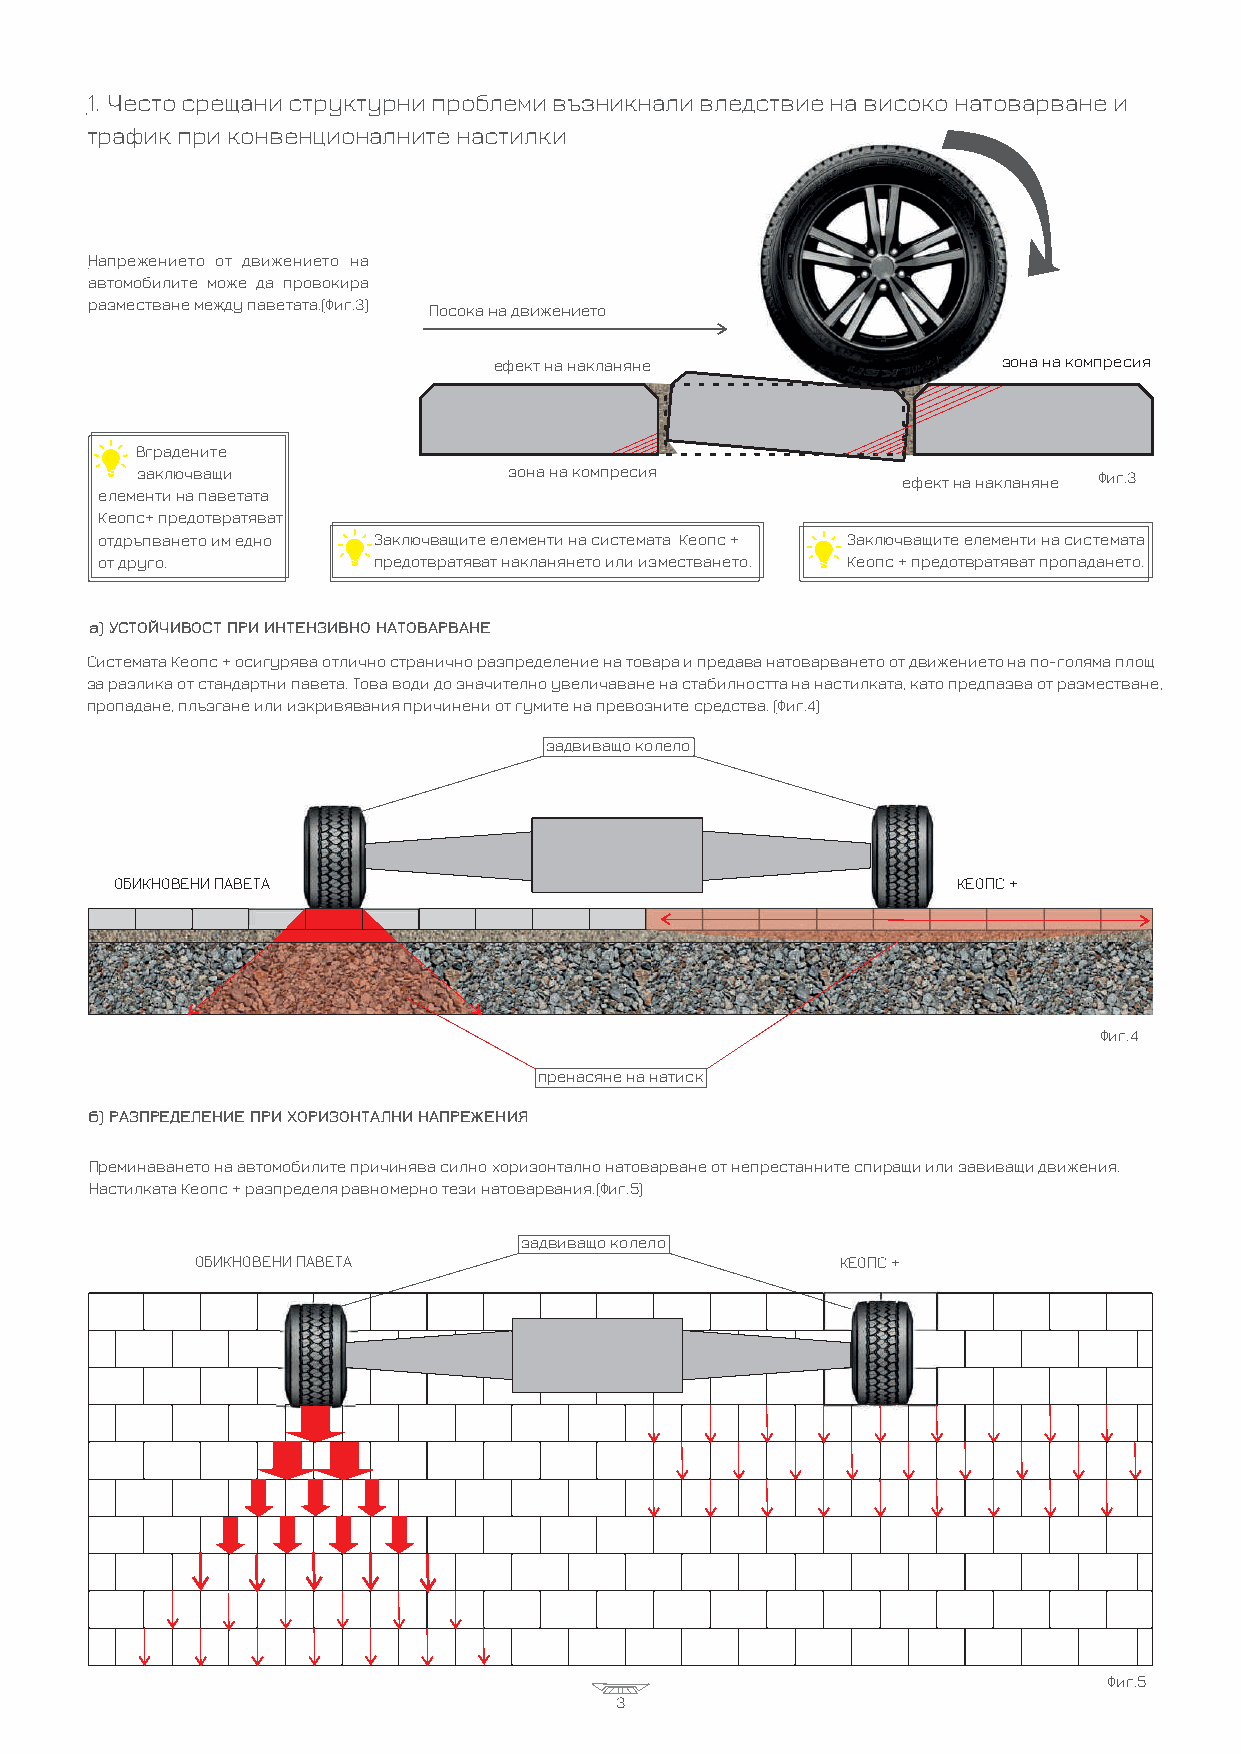
1. Често срещани структурни проблеми възникнали вледствие на високо натоварване и
 трафик при конвенционалните настилки
 Напрежението от движението на
 автомобилите може да провокира
 разместване между паветата.(Фиг.3) Посока на движението
 ефект на накланяне               зона на компресия
 Вградените
 заключващи               зона на компресия         ефект на накланяне Фиг.3
 елементи на паветата
 Кеопс+ предотвратяват
 отдръпването им едно Заключващите елементи на системата Кеопс + Заключващите елементи на системата
 от друго.         предотвратяват накланянето или изместването. Кеопс + предотвратяват пропадането.
 а) УСТОЙЧИВОСТ ПРИ ИНТЕНЗИВНО НАТОВАРВАНЕ
 Системата Кеопс + осигурява отлично странично разпределение на товара и предава натоварването от движението на по-голяма площ
 за разлика от стандартни павета. Това води до значително увеличаване на стабилността на настилката, като предпазва от разместване,
 пропадане, плъзгане или изкривявания причинени от гумите на превозните средства. (Фиг.4)
 задвиващо колело
 ОБИКНОВЕНИ ПАВЕТА                                      КЕОПС +
 Фиг.4
 пренасяне на натиск
 б) РАЗПРЕДЕЛЕНИЕ ПРИ ХОРИЗОНТАЛНИ НАПРЕЖЕНИЯ
 Преминаването на автомобилите причинява силно хоризонтално натоварване от непрестанните спиращи или завиващи движения.
 Настилката Кеопс + разпределя равномерно тези натоварвания.(Фиг.5)
 задвиващо колело
 ОБИКНОВЕНИ ПАВЕТА                          КЕОПС +
 Фиг.5
 3